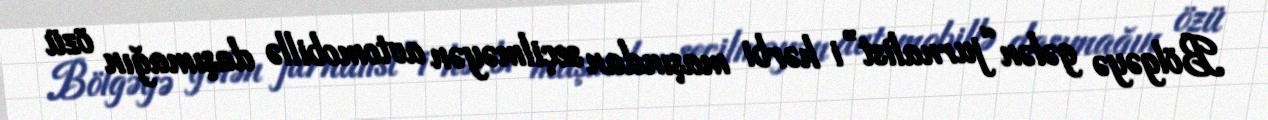
Bölgəyə gələn “jurnalist”i hərbi maşından seçilməyən avtomobillə daşımağın özü